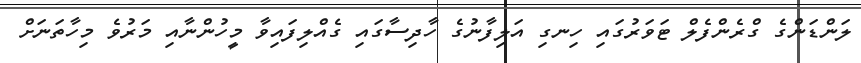
ލަންޑަންގެ ގްރެންފެލް ޓަވަރުގައި ހިނގި އަލިފާނުގެ ހާދިސާގައި ގެއްލިފައިވާ މީހުންނާއި މަރުވެ މިހާތަނަށް